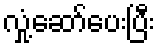
လှုံ့ဆော်ပေးပြီး